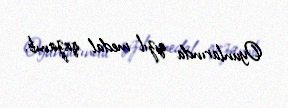
Oyunlarında qızıl medal qazanıb.